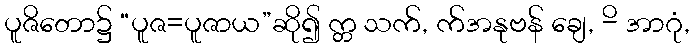
ပူဇိတော၌ “ပူဇ=ပူဇာယ”ဆို၍ က္တ သက်, က်အနုဗန် ချေ, -ိ အာဂုံ,